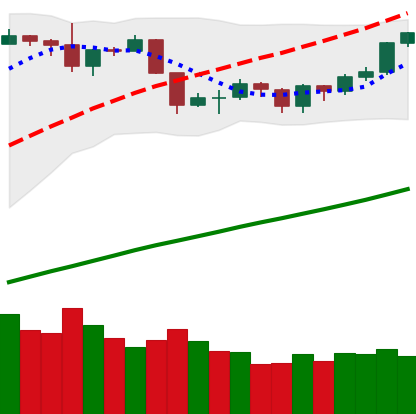
Ticker: BTC-USD
Chart end date: 2019-06-15
Forward return: 7.793%
Label: up_7plus